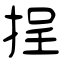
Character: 挰